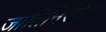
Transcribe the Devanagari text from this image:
जातिनिरपेक्ष